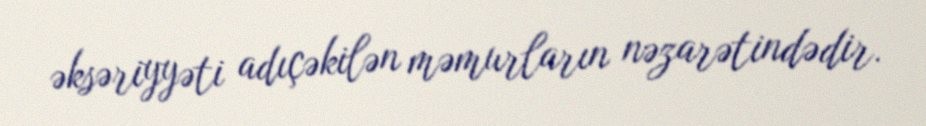
əksəriyyəti adıçəkilən məmurların nəzarətindədir.